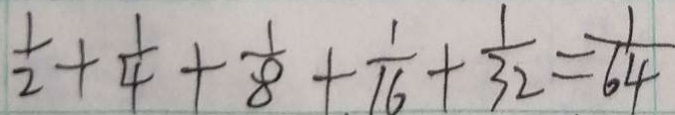
\frac { 1 } { 2 } + \frac { 1 } { 4 } + \frac { 1 } { 8 } + \frac { 1 } { 1 6 } + \frac { 1 } { 3 2 } = \frac { 1 } { 6 4 }